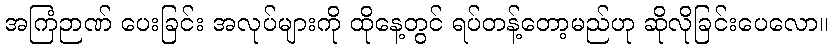
အကြံဉာဏ် ပေးခြင်း အလုပ်များကို ထိုနေ့တွင် ရပ်တန့်တော့မည်ဟု ဆိုလိုခြင်းပေလော။